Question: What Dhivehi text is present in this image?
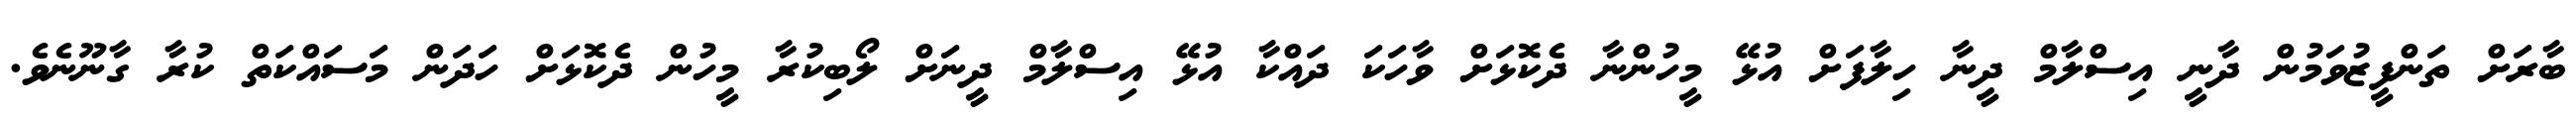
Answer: ބާރަށް ތަންފީޒުވަމުން ދާނީ އިސްލާމް ދީނާ ހިލާފަށް އުޅޭ މީހުންނާ ދެކޮޅަށް ވާހަކަ ދައްކާ އުޅޭ އިސްލާމް ދީނަށް ލޯބިކުރާ މީހުން ދެކޮޅަށް ހަދަން މަސައްކަތް ކުރާ ގާނޫނެވެ.